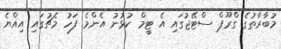
މުބާރާތުގެ ގްރޫޕް ސްޓޭޖުގައި އެ ޓީމް ކުޅުނު އެންމެ ފަހު މެޗުގައި އިއްޔެ